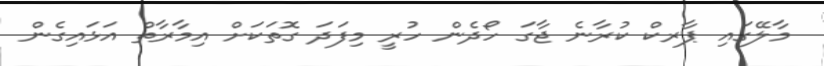
މާލޭގައި ޕާރކް ކުރާނެ ޖާގަ ހޯދެން ހުރީ މިފަދަ ގޮތަކަށް އިމާރާތް އަޅައިގެން